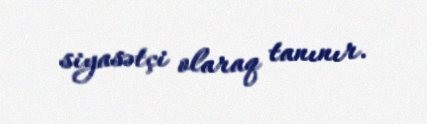
siyasətçi olaraq tanınır.